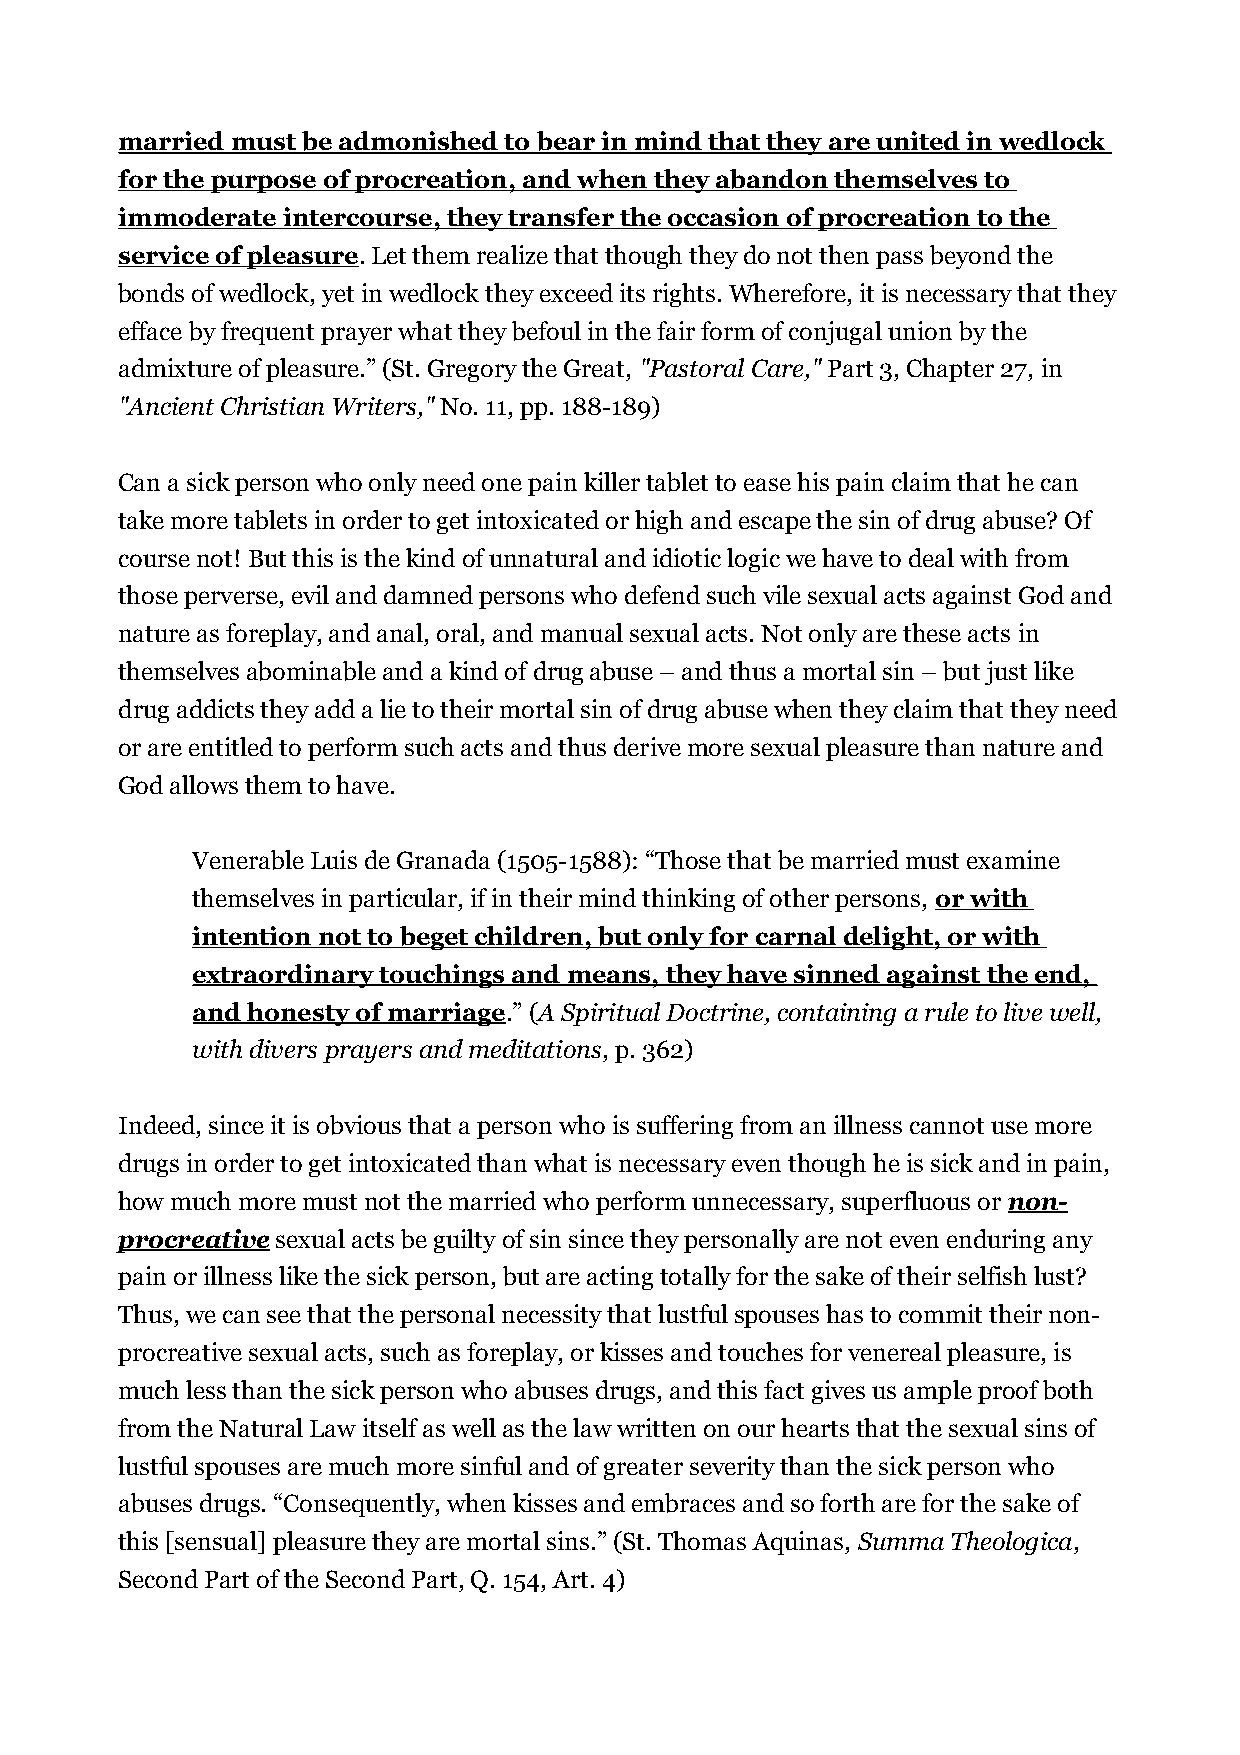
married must be admonished to bear in mind that they are united in wedlock
 for the purpose of procreation, and when they abandon themselves to
 immoderate intercourse, they transfer the occasion of procreation to the
 service of pleasure. Let them realize that though they do not then pass beyond the
 bonds of wedlock, yet in wedlock they exceed its rights. Wherefore, it is necessary that they
 efface by frequent prayer what they befoul in the fair form of conjugal union by the
 admixture of pleasure.” (St. Gregory the Great, "Pastoral Care," Part 3, Chapter 27, in
 "Ancient Christian Writers," No. 11, pp. 188-189)
 Can a sick person who only need one pain killer tablet to ease his pain claim that he can
 take more tablets in order to get intoxicated or high and escape the sin of drug abuse? Of
 course not! But this is the kind of unnatural and idiotic logic we have to deal with from
 those perverse, evil and damned persons who defend such vile sexual acts against God and
 nature as foreplay, and anal, oral, and manual sexual acts. Not only are these acts in
 themselves abominable and a kind of drug abuse – and thus a mortal sin – but just like
 drug addicts they add a lie to their mortal sin of drug abuse when they claim that they need
 or are entitled to perform such acts and thus derive more sexual pleasure than nature and
 God allows them to have.
 Venerable Luis de Granada (1505-1588): “Those that be married must examine
 themselves in particular, if in their mind thinking of other persons, or with
 intention not to beget children, but only for carnal delight, or with
 extraordinary touchings and means, they have sinned against the end,
 and honesty of marriage.” (A Spiritual Doctrine, containing a rule to live well,
 with divers prayers and meditations, p. 362)
 Indeed, since it is obvious that a person who is suffering from an illness cannot use more
 drugs in order to get intoxicated than what is necessary even though he is sick and in pain,
 how much more must not the married who perform unnecessary, superfluous or non-
 procreative sexual acts be guilty of sin since they personally are not even enduring any
 pain or illness like the sick person, but are acting totally for the sake of their selfish lust?
 Thus, we can see that the personal necessity that lustful spouses has to commit their non-
 procreative sexual acts, such as foreplay, or kisses and touches for venereal pleasure, is
 much less than the sick person who abuses drugs, and this fact gives us ample proof both
 from the Natural Law itself as well as the law written on our hearts that the sexual sins of
 lustful spouses are much more sinful and of greater severity than the sick person who
 abuses drugs. “Consequently, when kisses and embraces and so forth are for the sake of
 this [sensual] pleasure they are mortal sins.” (St. Thomas Aquinas, Summa Theologica,
 Second Part of the Second Part, Q. 154, Art. 4)